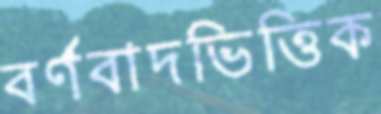
বর্ণবাদভিত্তিক